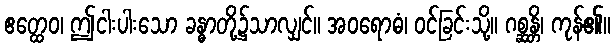
ဧတ္ထေဝ၊ ဤငါးပါးသော ခန္ဓာတို့၌သာလျှင်။ အဝရောဓံ၊ ဝင်ခြင်းသို့။ ဂစ္ဆန္တိ၊ ကုန်၏။